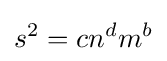
s^{2}=cn^{d}m^{b}